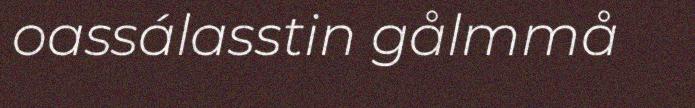
oassálasstin gålmmå